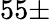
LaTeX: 55\pm